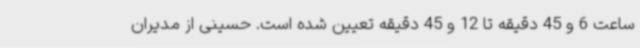
ساعت 6 و 45 دقیقه تا 12 و 45 دقیقه تعیین شده است. حسینی از مدیران